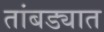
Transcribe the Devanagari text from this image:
तांबड्यात